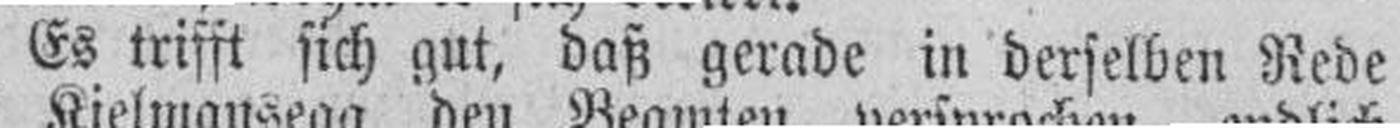
Es trifft sich gut, daß gerade in derselben Rede